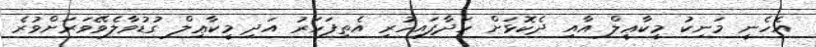
އެހެނީ މަނިކު މީކާޢީލް އާއި ދެކޮޅަށް ހަދާފައިހުރި އެތިފަހަރު އަދި މީކާޢިލް ގުޑުވާލެވޭވަރަށްވުރެ